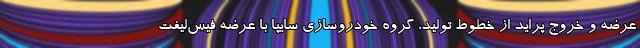
عرضه و خروج پراید از خطوط تولید، گروه خودروسازی سایپا با عرضه فیس‌لیفت